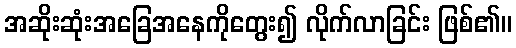
အဆိုးဆုံးအခြေအနေကိုတွေး၍ လိုက်လာခြင်း ဖြစ်၏။